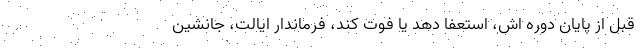
قبل از پایان دوره اش، استعفا دهد یا فوت کند، فرماندار ایالت، جانشین